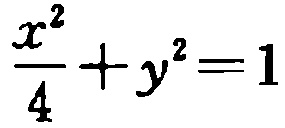
$\frac{x^{2}}{4}+y^{2}=1$